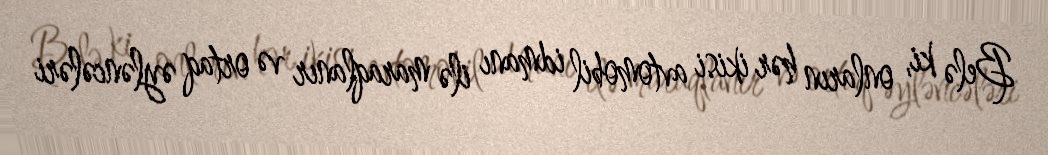
Belə ki, onların hər ikisi avtomobil idmanı ilə maraqlanır və ortaq əyləncələri